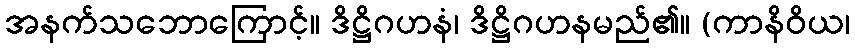
အနက်သဘောကြောင့်။ ဒိဋ္ဌိဂဟနံ၊ ဒိဋ္ဌိဂဟနမည်၏။ (ကာနိဝိယ၊